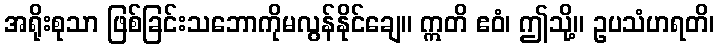
အရိုးစုသာ ဖြစ်ခြင်းသဘောကိုမလွန်နိုင်ချေ။ ဣတိ ဧဝံ၊ ဤသို့။ ဥပသံဟရတိ၊